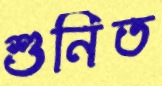
শুনিত